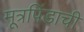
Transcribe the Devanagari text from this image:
मूत्रपिंडाची